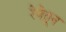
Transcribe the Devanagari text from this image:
रेषेतून